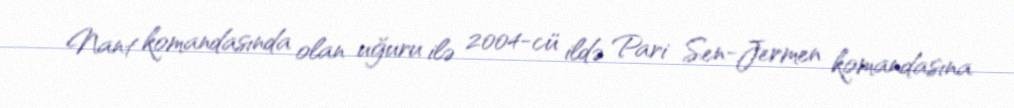
Nant komandasında olan uğuru ilə 2004-cü ildə Pari Sen-Jermen komandasına